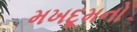
મખદૂમનો